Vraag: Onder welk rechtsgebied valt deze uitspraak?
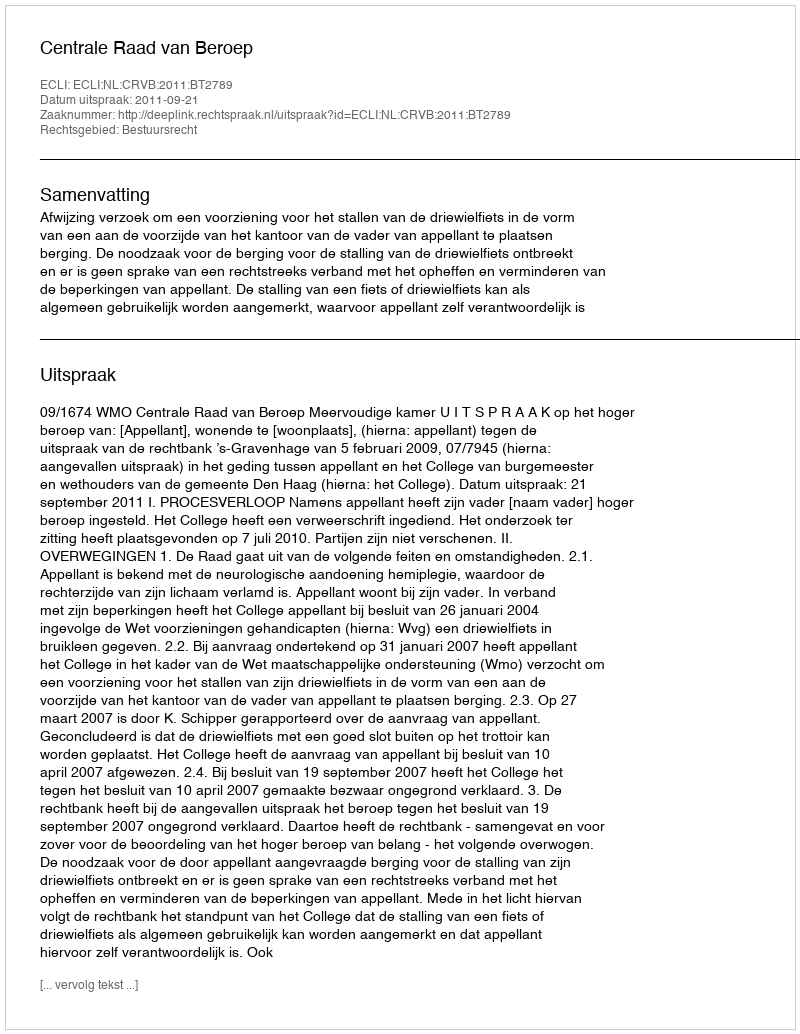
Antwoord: Bestuursrecht